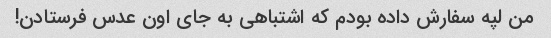
من لپه سفارش داده بودم که اشتباهی به جای اون عدس فرستادن!